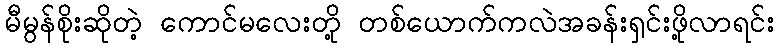
မီမွန်စိုးဆိုတဲ့ ကောင်မလေးတို့ တစ်ယောက်ကလဲအခန်းရှင်းဖို့လာရင်း